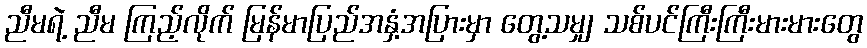
ညီမရဲ့ ညီမ ကြည့်လိုက် မြန်မာပြည်အနှံ့အပြားမှာ တွေ့သမျှ သစ်ပင်ကြီးကြီးမားမားတွေ